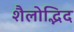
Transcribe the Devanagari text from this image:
शैलोद्भिद